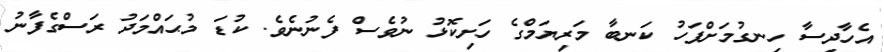
އެހާދިސާ ހިނގުމަށްފަހު ކަނބާ މަރިޔަމްގެ ހަށިކޮޅު ނުވެސް ފެނުނެވެ. ކުޑަ މުޙައްމަދު ރަސްގެފާނު